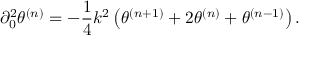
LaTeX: \partial _ { 0 } ^ { 2 } { \theta } ^ { ( n ) } = - \frac { 1 } { 4 } k ^ { 2 } \left( \theta ^ { ( n + 1 ) } + 2 \theta ^ { ( n ) } + \theta ^ { ( n - 1 ) } \right) .